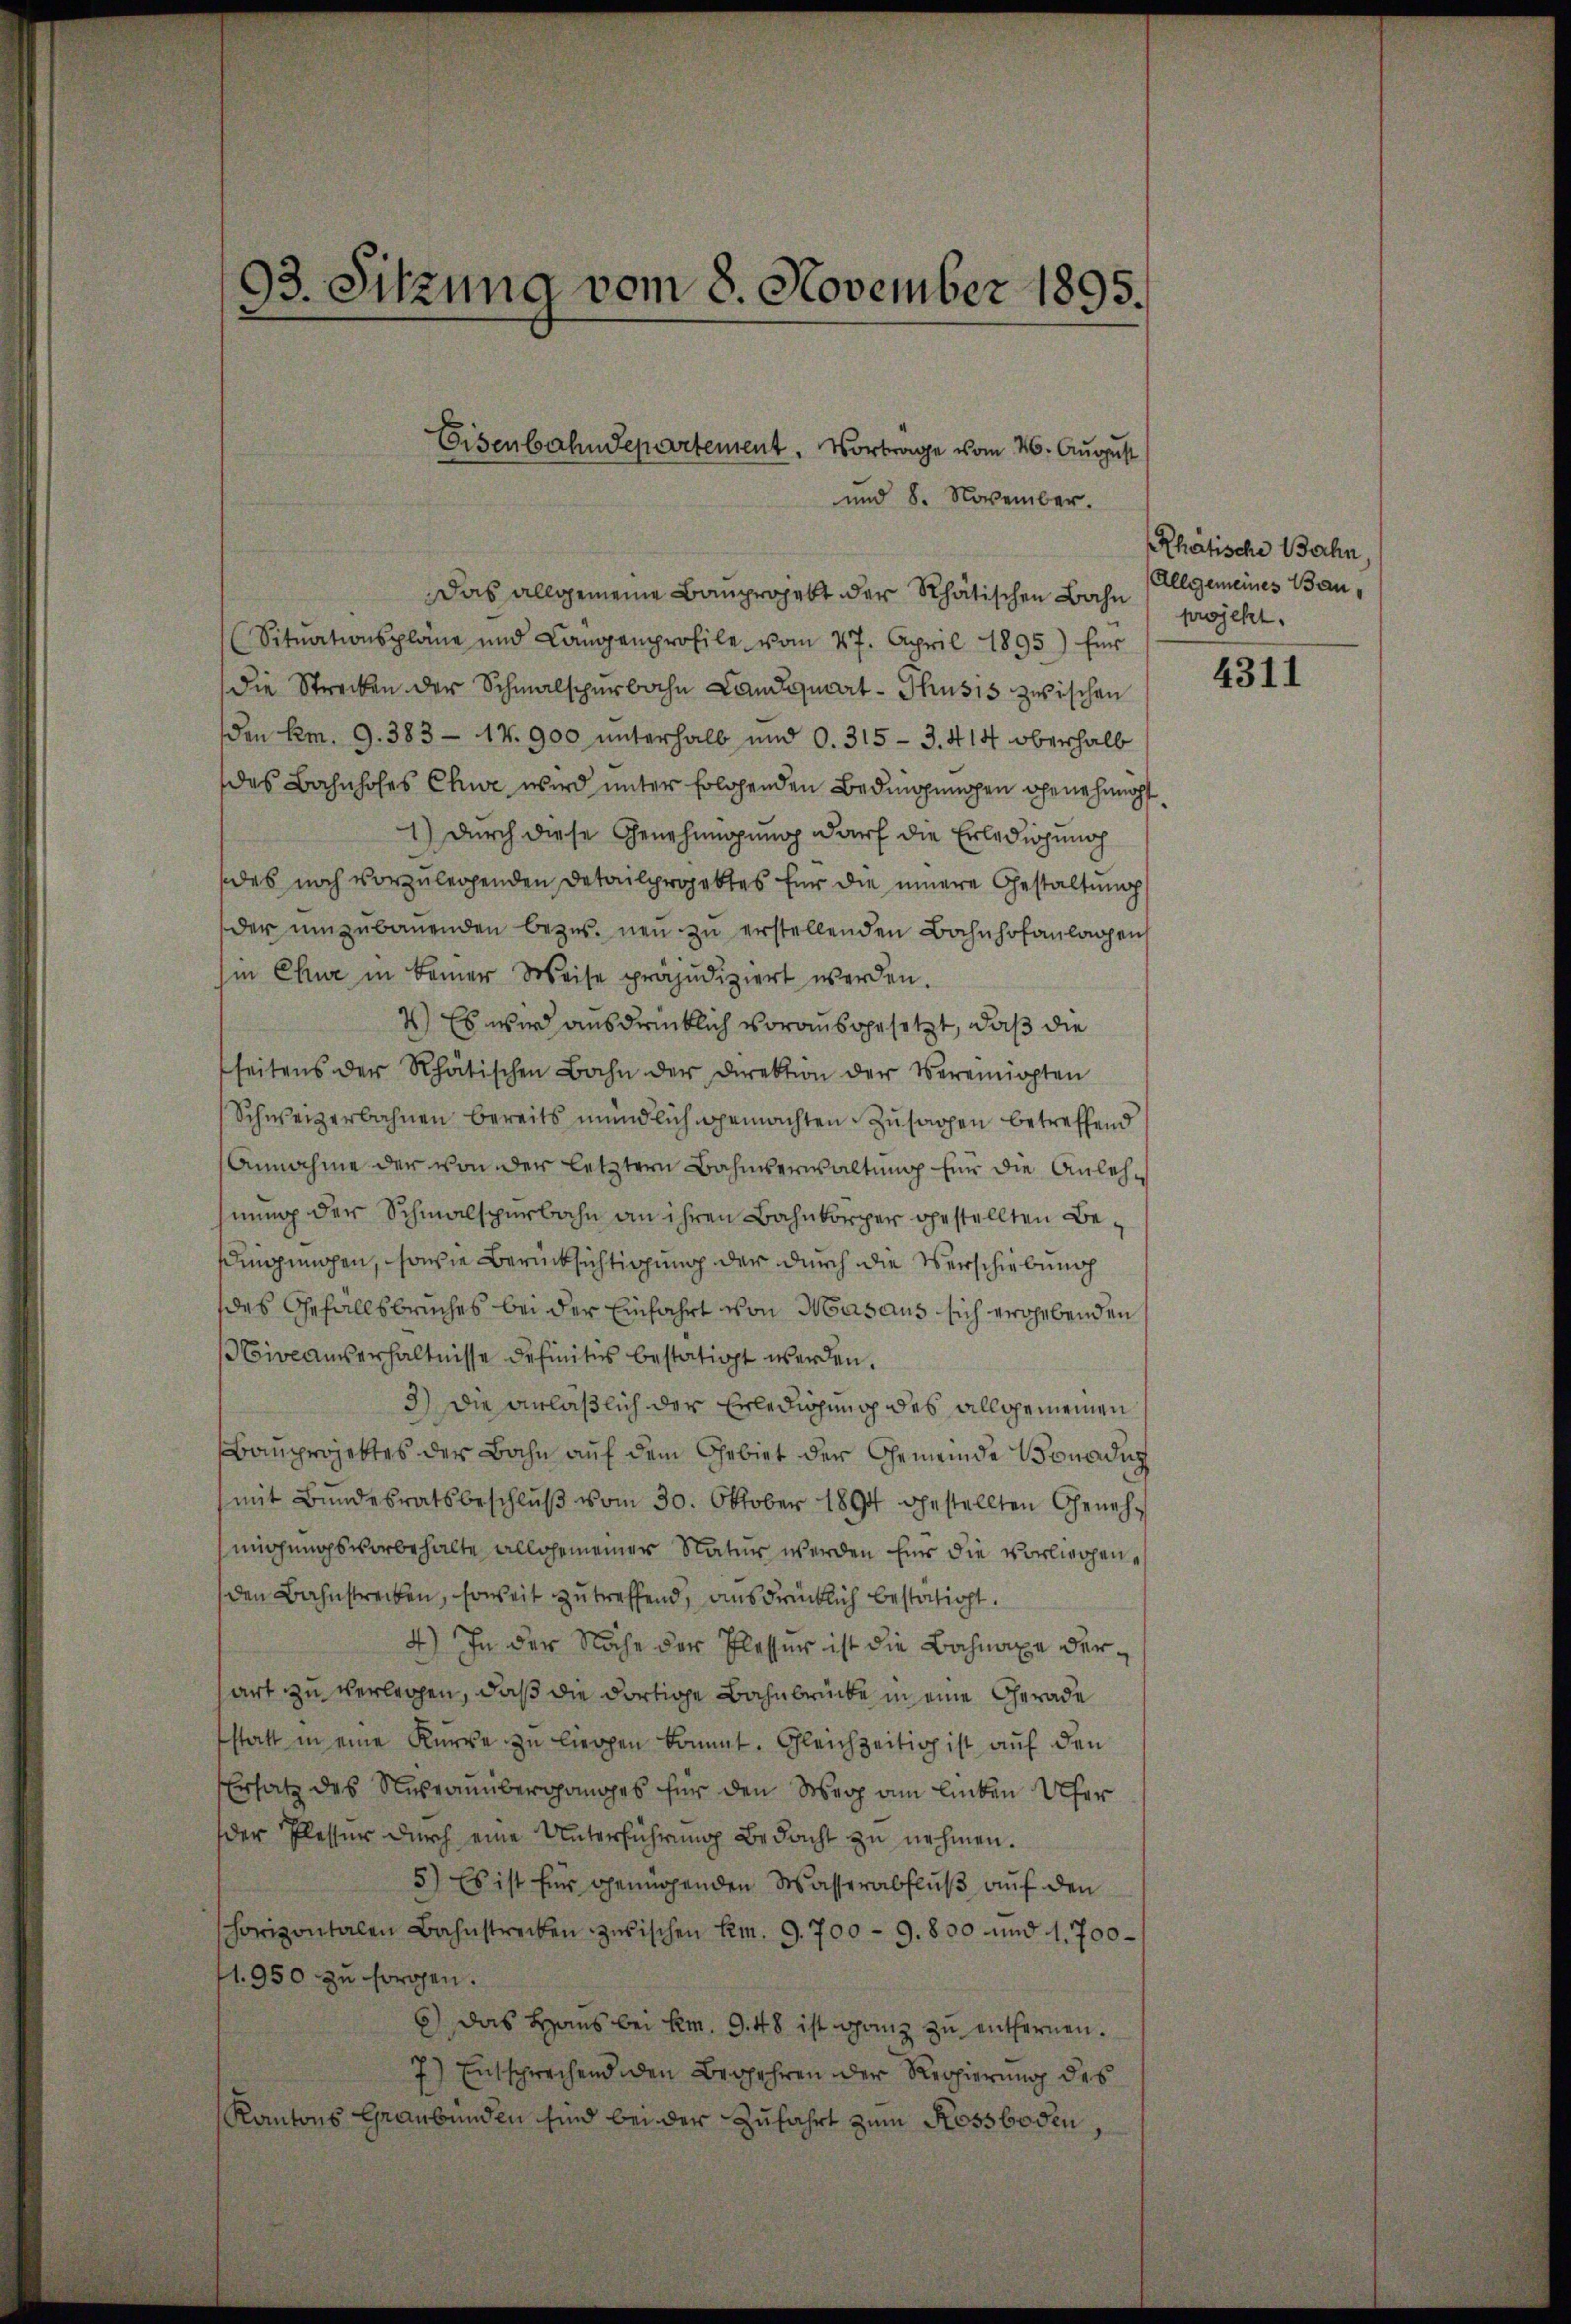
93. Sitzung vom 8. November 1895.

Eisenbahndepartement. Vortrage vom 26. August
und 8. November.

Das allgemeine Bauprojekt der Rhätischen Bahn
Situationspläne und Langenprofile vom 27. April 1895) für
Die Strecken der Schmalsperbahn Landquart - Thusis zwischen
den Kem. 9. 383 - 14. 900 unterhalb und O. 315 - 3. 414 oberhalb
das Bahnhofes Chwe wird unter folgenden Bedingungen Genehmigt
1) durch diese Genehmigung darf die Erledigung
des noch vorzulegenden Detailprojektes für die innere Gestaltung
der umzubauenden bezw. neu zu erstellenden Bahnhofanlagen
in Chur in keiner Weise präjudiziert werden.
2) Es wir ausdrücklich vorausgesetzt, daß die
seitens der Rhätischen Bahn der Direktion der Vereinippten
Schweizerbahnen bereits mündlich gemachten Zusagen betreffend
Annahme der von der letztere Bahnverwaltung für die Anlehhnung der Schmalspurbahn an ihren Bahnkörper gestellten Besdingungen, sowie Berücksichtigung der durch die Verschiebung
des Gefallsbruches bei der Einfahrt von Masaus sich ergebenden
Niveauverhältnisse definitus bestätigt werden.
3) Die anläßlich der Erledigung des allgemeinen
Bauprojektes der Bahn auf dem Gebiet der Gemeinde Bonadus
mit Bŭndesratsbeschlŭβ vom 30. Oktober 1894 gestellten Geneh-
migungsvorbehalte allgemeiner Natur werden Eins die vorliegenden Bahnstrecken, soweit zutreffend, ausdrücklich bestätigt.
4) In der Nache der Plesser ist die Bahnaxe derart zu verlegen, daß die dortige Bahnbrücke in eine Gerade
statt in eine Kurve zu liegen kommt. Gleichzeitig ist auf den
Ersatz des Nekranüberganges für den Weg am linken Ufer
der Plessur durch eine Unterführung Bedacht zu nehmen.
5.) Es ist für genügenden Wasserabfluß auf den
horizontalen Bahnstrecken zwischen Em. 9. 700 - 9. 850 und 1,700
1950 zu sorgen.
6) Das Haus bei km. 9. 48 ist ganz zu entfernen.
7) Entsprechend den Begehren der Regierung des
Kantons Graubünden sind bei der Zufahrt zum Rossboden,

Rhatische Bahn
Allgemeines Bauprojekt.

4311